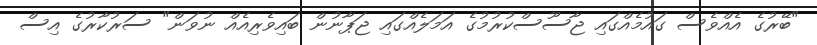
"ބޭރުގެ އެއްވެސް ގައުމެއްގައި ޖާސޫސްކުރުމުގެ އަމަލެއްގައި ޖަޕާނުން ބައިވެރިއެއް ނުވަން" ސަރުކާރުގެ އިސް